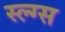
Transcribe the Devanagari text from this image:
स्ल्ग्स